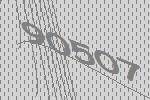
90507